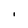
Character: I